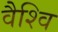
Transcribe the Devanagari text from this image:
वैश्वि